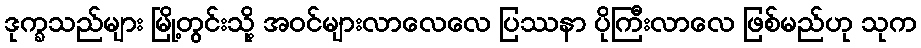
ဒုက္ခသည်များ မြို့တွင်းသို့ အဝင်များလာလေလေ ပြဿနာ ပိုကြီးလာလေ ဖြစ်မည်ဟု သုက